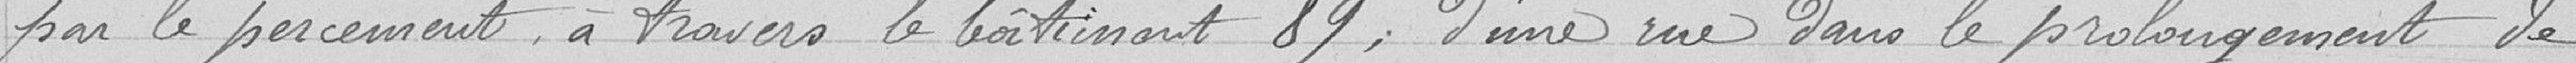
par le percement à travers le bâtiment 89, d'une rue dans le prolongement de